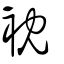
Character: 衴